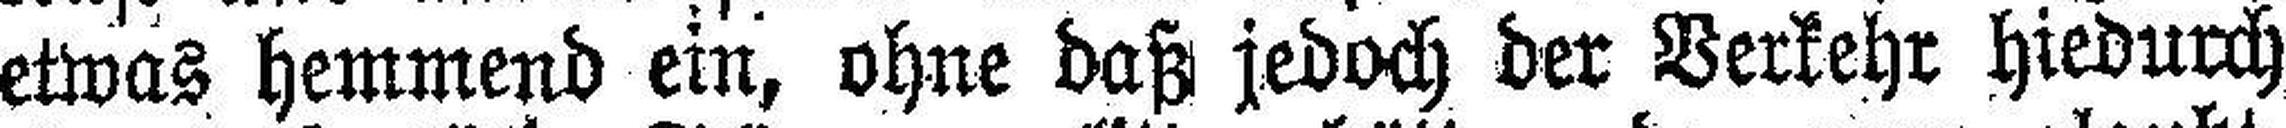
etwas hemmend ein, ohne daß jedoch der Verkehr hiedurch